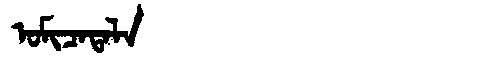
Manchu: ᠣᠮᡳᠴᠠᡨᠠᠯᠠ
Romanization: OMICATALA